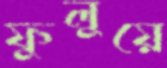
ফুলুয়ে